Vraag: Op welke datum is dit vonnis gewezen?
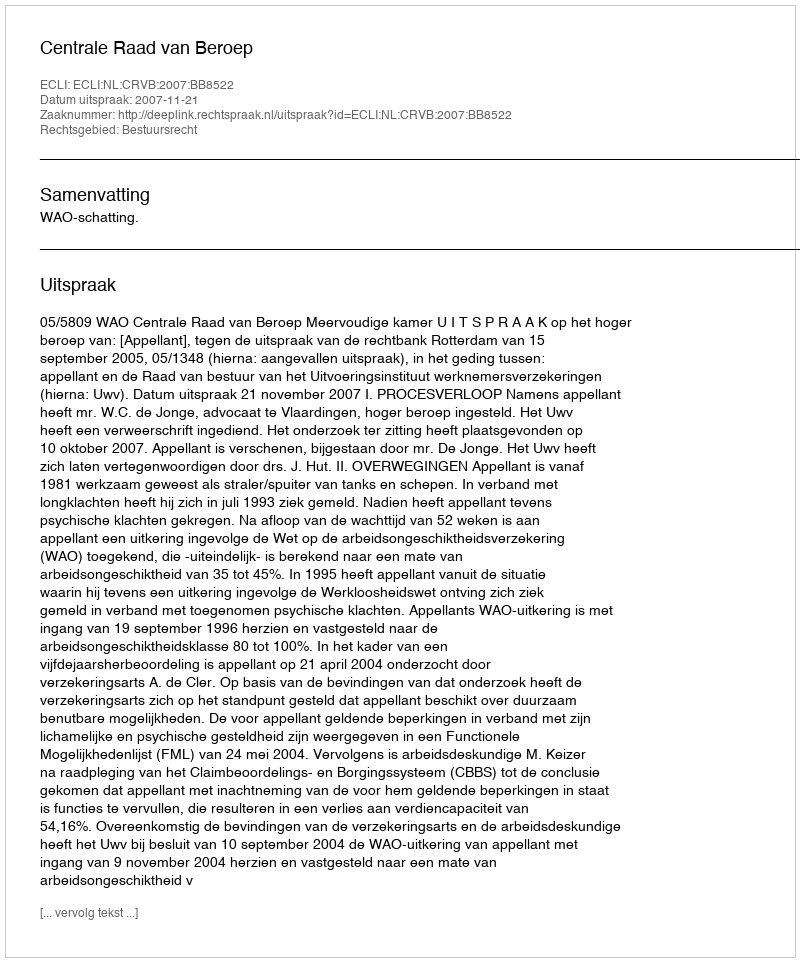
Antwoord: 2007-11-21